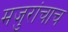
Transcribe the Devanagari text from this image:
मजुरांचाच